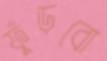
ফুঁড়বো